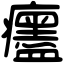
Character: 𤼎